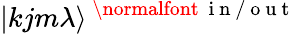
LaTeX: |kjm\lambda\rangle^{\mathrm{~\normalfont~{~i~n~/~o~u~t~}~}}